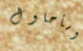
وسأحاول